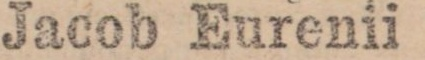
Jacob Eurenii